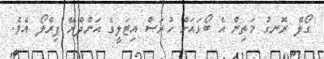
ގޯލް ރޮނގު މަތިން އެ ބޯޅައަށް ހުރަސް އިޓަލީގެ އަންދްރޭ ޕިރްލޯ އެވެ.